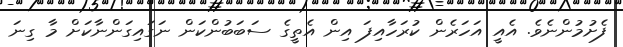
ފެށުމުންނެވެ. އެއީ އަހަރެން ކުރަހާއިފަ އިން އެތީގެ ސަބަބުންކަން ނަގައިގަންނާކަށް މާ ގިނަ